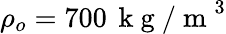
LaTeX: \rho_{o}=700\, \mathrm{~k~g~/~m~}^{3}